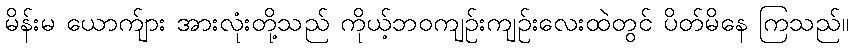
မိန်းမ ယောက်ျား အားလုံးတို့သည် ကိုယ့်ဘဝကျဉ်းကျဉ်းလေးထဲတွင် ပိတ်မိနေ ကြသည်။